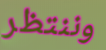
وننتظر